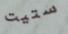
ستيت